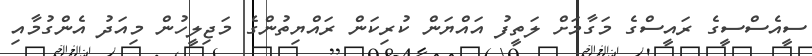
ސީއެސްސީގެ ރައީސްގެ މަގާމަށް ލަތީފު އައްޔަން ކުރިކަން ރައްޔިތުންގެ މަޖިލީހުން މިއަދު އެންގުމާއި